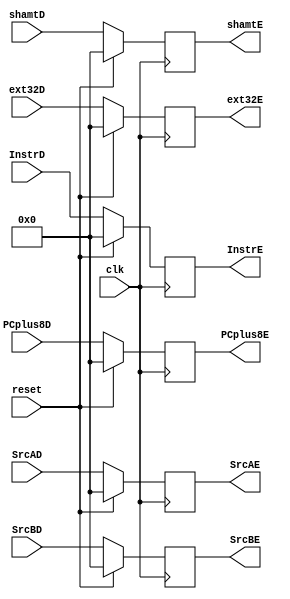
module D_E_Reg(
    input [31:0] SrcAD,
    input [31:0] SrcBD,
    input [31:0] shamtD,
    input [31:0] ext32D,
    input [31:0] InstrD,
	 input [31:0] PCplus8D, 
	 input clk,
	 input reset,
    output reg [31:0] SrcAE,
    output reg [31:0] SrcBE,
    output reg [31:0] shamtE,
    output reg [31:0] ext32E,
    output reg [31:0] InstrE,
	 output reg [31:0] PCplus8E
    );
	
	/*initial begin
		SrcAE <= 0;
		SrcBE <= 0;
		shamtE <= 0;
		ext32E <= 0;
		InstrE <= 0;
		PCplus8E <= 0;
	end*/
	
	always@(posedge clk) begin
		if (reset) begin
			SrcAE <= 0;
			SrcBE <= 0;
			shamtE <= 0;
			ext32E <= 0;
			InstrE <= 0;
			PCplus8E <= 0;
		end
		else begin
			SrcAE <= SrcAD;
			SrcBE <= SrcBD;
			shamtE <= shamtD;
			ext32E <= ext32D;
			InstrE <= InstrD;;
			PCplus8E <= PCplus8D;
		end
	end
endmodule